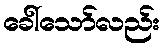
ခေါ်သော်လည်း